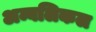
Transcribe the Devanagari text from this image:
अम्बलिकल